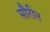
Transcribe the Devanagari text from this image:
सौरीन